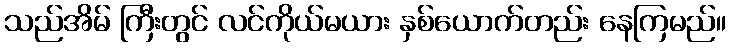
သည်အိမ် ကြီးတွင် လင်ကိုယ်မယား နှစ်ယောက်တည်း နေကြမည်။